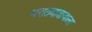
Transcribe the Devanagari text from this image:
मराठवाडयाला